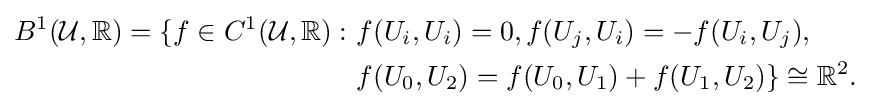
{\begin{aligned}B^{1}({\mathcal {U}},\mathbb {R} )=\{f\in C^{1}({\mathcal {U}},\mathbb {R} ):\ &f(U_{i},U_{i})=0,f(U_{j},U_{i})=-f(U_{i},U_{j}),\\&f(U_{0},U_{2})=f(U_{0},U_{1})+f(U_{1},U_{2})\}\cong \mathbb {R} ^{2}.\end{aligned}}